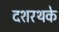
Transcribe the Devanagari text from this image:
दशरथके